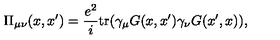
\Pi _ { \mu \nu } ( x , x ^ { \prime } ) = \frac { e ^ { 2 } } { i } \mathrm { t r } ( \gamma _ { \mu } G ( x , x ^ { \prime } ) \gamma _ { \nu } G ( x ^ { \prime } , x ) ) ,